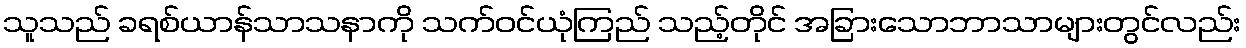
သူသည် ခရစ်ယာန်သာသနာကို သက်ဝင်ယုံကြည် သည့်တိုင် အခြားသောဘာသာများတွင်လည်း